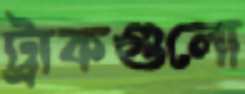
ট্রাকগুলো